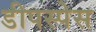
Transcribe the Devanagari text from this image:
डीपस्पेस